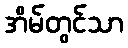
အိမ်တွင်သာ